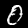
Digit: 0